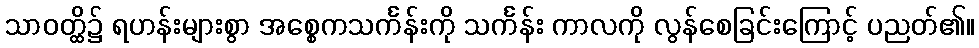
သာဝတ္ထိ၌ ရဟန်းများစွာ အစ္စေကသင်္ကန်းကို သင်္ကန်း ကာလကို လွန်စေခြင်းကြောင့် ပညတ်၏။